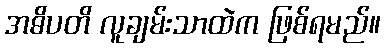
အဓိပတိ လူချမ်းသာထဲက ဖြစ်ရမည်။